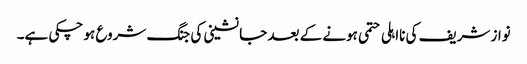
نواز شریف کی نااہلی حتمی ہونے کے بعد جانشینی کی جنگ شروع ہو چکی ہے۔